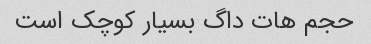
حجم هات داگ بسیار کوچک است